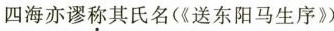
四海亦谬称其氏名(《送东阳马生序》》